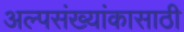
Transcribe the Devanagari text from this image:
अल्पसंख्यांकासाठी